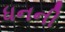
ધનની